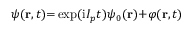
\psi ( \mathbf { r } , t ) { = } \exp ( \mathrm { i } I _ { p } t ) \psi _ { 0 } ( \mathbf { r } ) { + } \varphi ( \mathbf { r } , t )